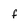
Character: f